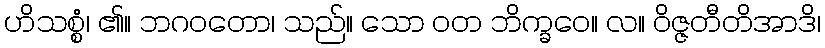
ဟိသစ္စံ၊ ၏။ ဘဂဝတော၊ သည်။ သော ဝတ ဘိက္ခဝေ။ လ။ ဝိဇ္ဇတီတိအာဒိ၊